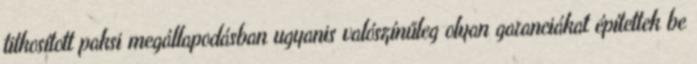
titkosított paksi megállapodásban ugyanis valószínűleg olyan garanciákat építettek be